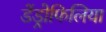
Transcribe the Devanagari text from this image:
डेंड्रोफिलिया